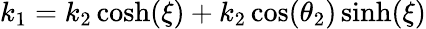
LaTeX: \begin{array}{r}{k_{1}=k_{2}\cosh(\xi)+k_{2}\cos(\theta_{2})\sinh(\xi)}\end{array}